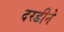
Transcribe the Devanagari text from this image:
दरडीने